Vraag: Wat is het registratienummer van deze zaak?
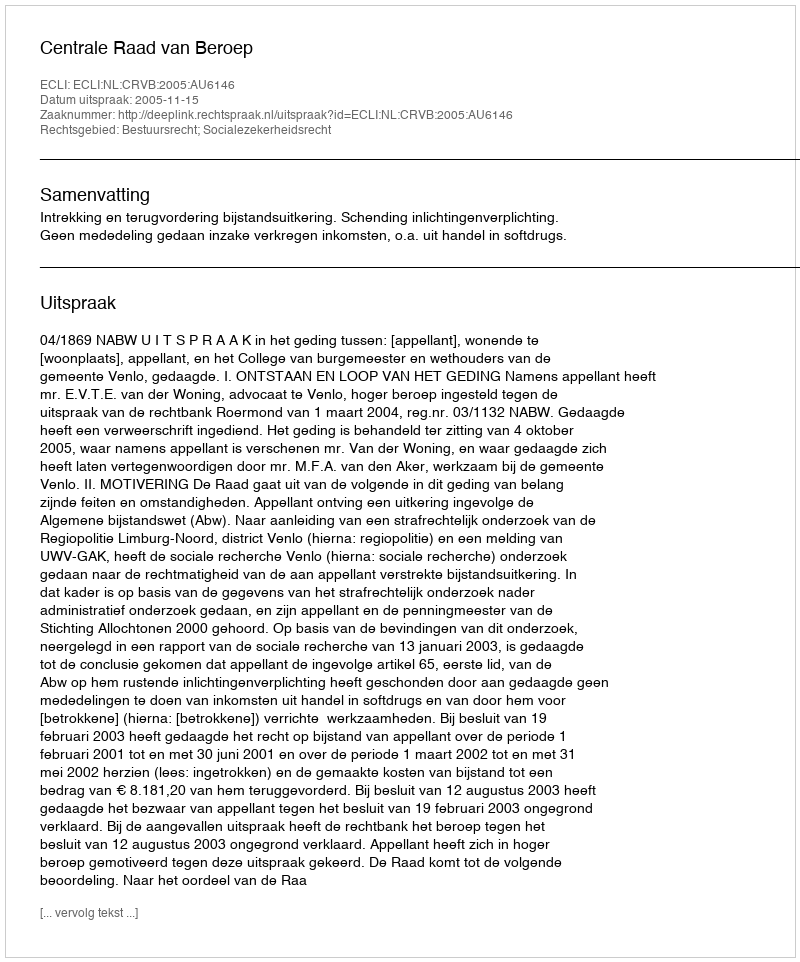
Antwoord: http://deeplink.rechtspraak.nl/uitspraak?id=ECLI:NL:CRVB:2005:AU6146